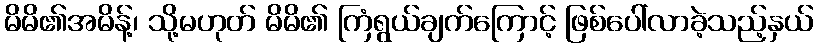
မိမိ၏အမိန့်၊ သို့မဟုတ် မိမိ၏ ကြံရွယ်ချက်ကြောင့် ဖြစ်ပေါ်လာခဲ့သည့်နှယ်